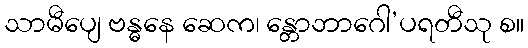
သာမီပျေ ဗန္ဓနေ ဆေက၊ န္တောဘာဂေါ’ပရတီသု စ။